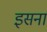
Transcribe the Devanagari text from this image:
इसना